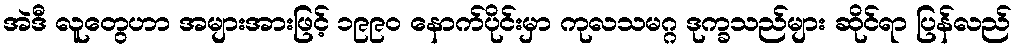
အဲဒီ လူတွေဟာ အများအားဖြင့် ၁၉၉၀ နောက်ပိုင်းမှာ ကုလသမဂ္ဂ ဒုက္ခသည်များ ဆိုင်ရာ ပြန်လည်